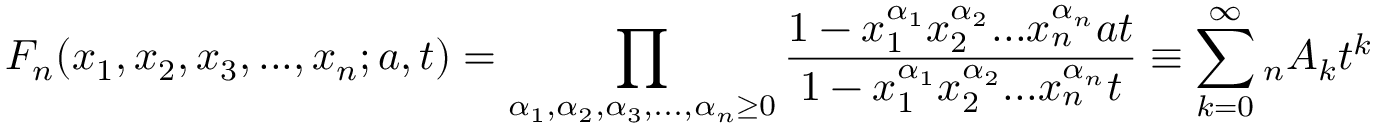
F _ { n } ( x _ { 1 } , x _ { 2 } , x _ { 3 } , . . . , x _ { n } ; a , t ) = \prod _ { \alpha _ { 1 } , \alpha _ { 2 } , \alpha _ { 3 } , . . . , \alpha _ { n } \geq 0 } \frac { 1 - x _ { 1 } ^ { \alpha _ { 1 } } x _ { 2 } ^ { \alpha _ { 2 } } . . . x _ { n } ^ { \alpha _ { n } } a t } { 1 - x _ { 1 } ^ { \alpha _ { 1 } } x _ { 2 } ^ { \alpha _ { 2 } } . . . x _ { n } ^ { \alpha _ { n } } t } \equiv \sum _ { k = 0 } ^ { \infty } { _ { n } } { A _ { k } } t ^ { k }